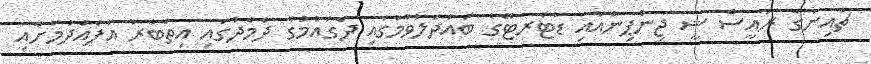
ޗައިނާގެ ރައީސް ޝީ ޖިންޕިންއާއި ޑުޓަރޓޭގެ ބައްދަލުވުމުގައި ދެގައުމުގެ ދެމެދުގައި އިތުބާރު އުފެއްދުމަށާއި